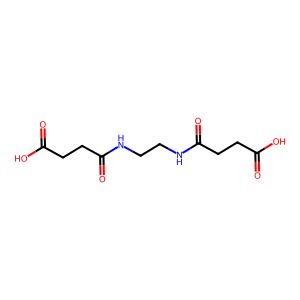
SMILES: O=C(O)CCC(=O)NCCNC(=O)CCC(=O)O
Inhibits HIV replication: No